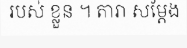
របស់ ខ្លួន ។ តារា សម្តែង